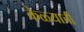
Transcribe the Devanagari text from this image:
केळ्याची